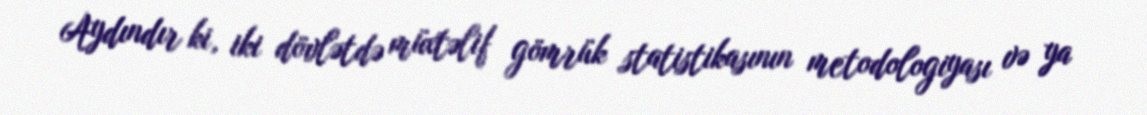
Aydındır ki, iki dövlətdə müxtəlif gömrük statistikasının metodologiyası və ya